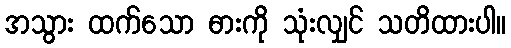
အသွား ထက်သော ဓားကို သုံးလျှင် သတိထားပါ။